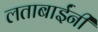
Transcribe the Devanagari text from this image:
लताबाईंनी